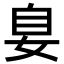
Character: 𪥴